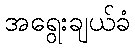
အရွေးချယ်ခံ